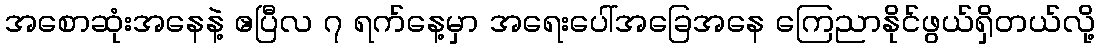
အစောဆုံးအနေနဲ့ ဧပြီလ ၇ ရက်နေ့မှာ အရေးပေါ်အခြေအနေ ကြေညာနိုင်ဖွယ်ရှိတယ်လို့